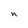
Character: n